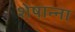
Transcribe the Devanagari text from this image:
शेषान्ना